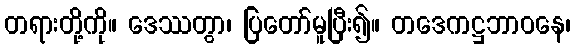
တရားတို့ကို။ ဒေဿတွာ၊ ပြတော်မူပြီး၍။ တဒေကဋ္ဌဘာဝနေ၊